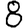
Digit: 8